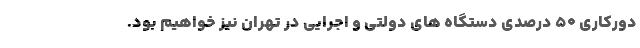
دورکاری ۵۰ درصدی دستگاه های دولتی و اجرایی در تهران نیز خواهیم بود.